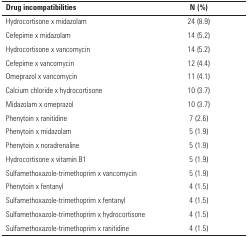
<table><thead><tr><td><b>Drug incompatibilities</b></td><td><b>N (%)</b></td></tr></thead><tbody><tr><td>Hydrocortisone x midazolam</td><td>24 (8.9)</td></tr><tr><td>Cefepime x midazolam</td><td>14 (5.2)</td></tr><tr><td>Hydrocortisone x vancomycin</td><td>14 (5.2)</td></tr><tr><td>Cefepime x vancomycin</td><td>12 (4.4)</td></tr><tr><td>Omeprazol x vancomycin</td><td>11 (4.1)</td></tr><tr><td>Calcium chloride x hydrocortisone</td><td>10 (3.7)</td></tr><tr><td>Midazolam x omeprazol</td><td>10 (3.7)</td></tr><tr><td>Phenytoin x ranitidine</td><td>7 (2.6)</td></tr><tr><td>Phenytoin x midazolam</td><td>5 (1.9)</td></tr><tr><td>Phenytoin x noradrenaline</td><td>5 (1.9)</td></tr><tr><td>Hydrocortisone x vitamin B1</td><td>5 (1.9)</td></tr><tr><td>Sulfamethoxazole-trimethoprim x vancomycin</td><td>5 (1.9)</td></tr><tr><td>Phenytoin x fentanyl</td><td>4 (1.5)</td></tr><tr><td>Sulfamethoxazole-trimethoprim x fentanyl</td><td>4 (1.5)</td></tr><tr><td>Sulfamethoxazole-trimethoprim x hydrocortisone</td><td>4 (1.5)</td></tr><tr><td>Sulfamethoxazole-trimethoprim x ranitidine</td><td>4 (1.5)</td></tr></tbody></table>